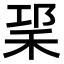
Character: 𥞱